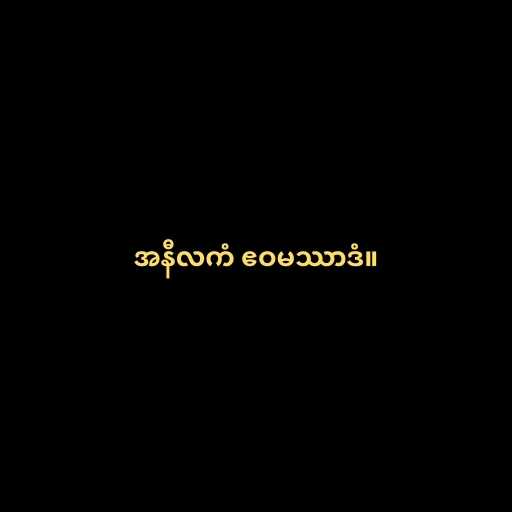
အနီလကံ ဧဝမဿာဒံ။